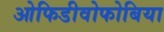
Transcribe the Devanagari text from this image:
ओफिडीवोफोबिया